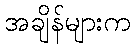
အချိန်များက